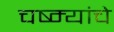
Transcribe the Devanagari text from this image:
चष्म्यांचे